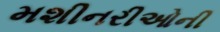
મશીનરીઓની